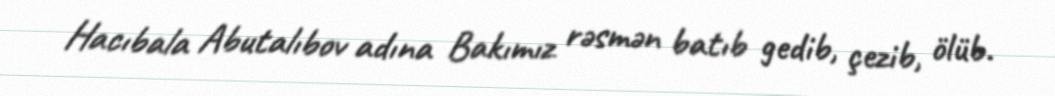
Hacıbala Abutalıbov adına Bakımız rəsmən batıb gedib, çezib, ölüb.